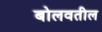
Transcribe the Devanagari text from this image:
बोलवतील